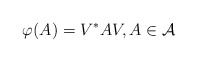
\begin{align*} \varphi (A)=V^*AV, A \in \mathcal{A} \end{align*}